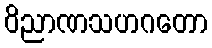
ဝိညာဏသဟဂတော